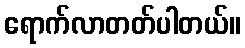
ရောက်လာတတ်ပါတယ်။